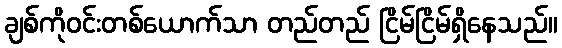
ချစ်ကိုဝင်းတစ်ယောက်သာ တည်တည် ငြိမ်ငြိမ်ရှိနေသည်။